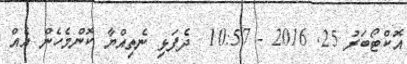
އޮކްޓޯބަރު 25